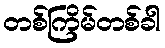
တစ်ကြိမ်တစ်ခါ